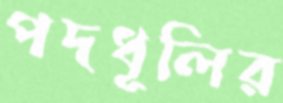
পদধূলির